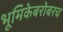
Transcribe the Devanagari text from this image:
भूमिकेबरोबरच